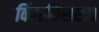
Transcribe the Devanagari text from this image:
किंगफिशरचा